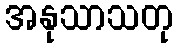
အနုသာသတု